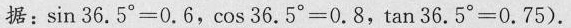
据：sin36.5°=0.6，cos36.5°=0.8，tan36。5°=0.75).